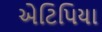
એટિપિયા